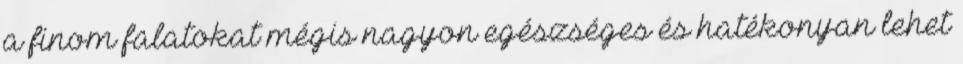
a finom falatokat mégis nagyon egészséges és hatékonyan lehet